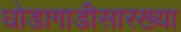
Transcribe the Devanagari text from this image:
घोडागाडीसारख्या